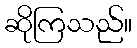
ဆိုကြသည်။